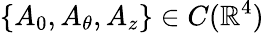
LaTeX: \{ A_{0},A_{\theta},A_{z}\} \in C(\mathbb R^{4})